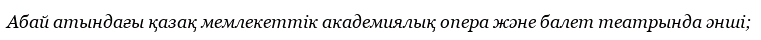
Абай атындағы қазақ мемлекеттік академиялық опера және балет театрында әнші;